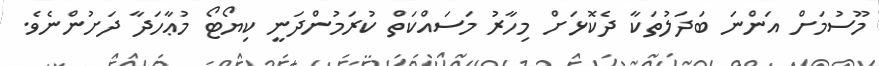
މޫސުމަށް އަންނަ ބަދަލުތަކާ ދެކޮޅަށް މިހާރު މަސައްކަތް ކުރަމުންދަނީ ކިޔޯޓޯ މުޢާހަދާ ދަށުންނެވެ.